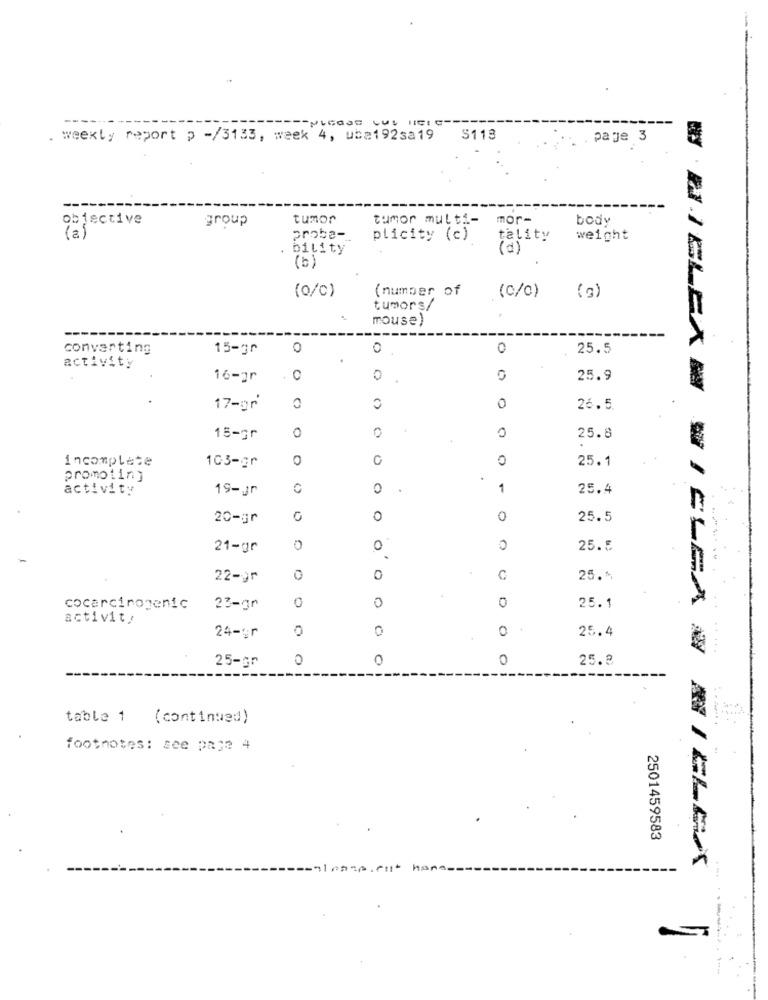
----
. weekly report p -/3133, week 4, uba192sa19
S113
page 3
--------
objective
group
tumor
tumor multi-
mor-
body
(a)
probe -_
plicity (c)
tality
weight
bility
(d)
(b)
(o/c)
(number of
(c/c)
(g)
tumors/
mouse)
----
converting
15-30
0
0
0
25.5
activity
16-gr
. 0
0
0
25.9
17-ar
0
0
26.5
0
15-gr
0
0
25.8
incomplete
103-gr
0
0
25.1
0
promoting
activity
19-gr
0
1
25.4
20-gr
0
0
0
25.5
21-gr
0
0
25. 5
22-9r
0
0
C
25. ^
0
0
0
WIELEX & SICLCA
cocarcinogenic
23-gr
25.1
activity
0
0
.
25.4
24-gr
25-gr
0
0
0
25.8
table 1 (continued)
footnotes: see page 4
2501459583
har
M / CLEXX